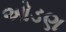
ઓડણ